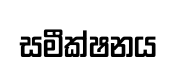
සමීක්ෂනය